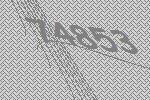
74853